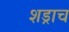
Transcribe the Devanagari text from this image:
शड्राच